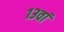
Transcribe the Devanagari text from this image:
१३वां